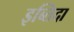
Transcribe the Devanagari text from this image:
इब्तिदा